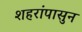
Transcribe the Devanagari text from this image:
शहरांपासुन